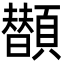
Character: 𩕗